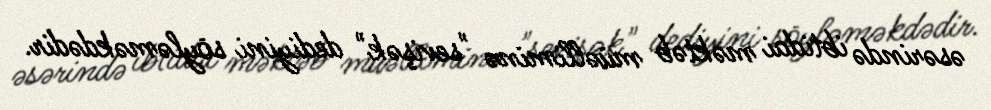
əsərində ibtidai məktəb müəlliminə "sevişək" dediyini söyləməkdədir.